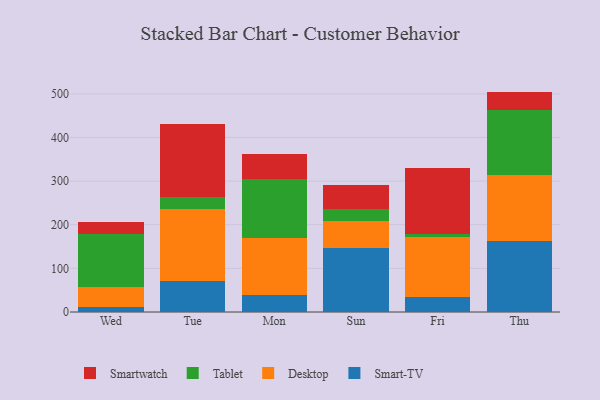
{"axis": {"x": "Day", "y": "Tickets Resolved"}, "legend": ["Desktop", "Smart-TV", "Smartwatch", "Tablet"], "data": [{"x": "Wed", "y": 10.5, "type": "Smart-TV"}, {"x": "Wed", "y": 46.4, "type": "Desktop"}, {"x": "Wed", "y": 121.1, "type": "Tablet"}, {"x": "Wed", "y": 27.9, "type": "Smartwatch"}, {"x": "Tue", "y": 71.3, "type": "Smart-TV"}, {"x": "Tue", "y": 163.7, "type": "Desktop"}, {"x": "Tue", "y": 29.5, "type": "Tablet"}, {"x": "Tue", "y": 167.3, "type": "Smartwatch"}, {"x": "Mon", "y": 39.6, "type": "Smart-TV"}, {"x": "Mon", "y": 129.8, "type": "Desktop"}, {"x": "Mon", "y": 135.7, "type": "Tablet"}, {"x": "Mon", "y": 58.0, "type": "Smartwatch"}, {"x": "Sun", "y": 146.3, "type": "Smart-TV"}, {"x": "Sun", "y": 62.2, "type": "Desktop"}, {"x": "Sun", "y": 27.2, "type": "Tablet"}, {"x": "Sun", "y": 54.9, "type": "Smartwatch"}, {"x": "Fri", "y": 33.8, "type": "Smart-TV"}, {"x": "Fri", "y": 137.6, "type": "Desktop"}, {"x": "Fri", "y": 8.3, "type": "Tablet"}, {"x": "Fri", "y": 151.3, "type": "Smartwatch"}, {"x": "Thu", "y": 163.0, "type": "Smart-TV"}, {"x": "Thu", "y": 151.7, "type": "Desktop"}, {"x": "Thu", "y": 147.1, "type": "Tablet"}, {"x": "Thu", "y": 43.3, "type": "Smartwatch"}]}